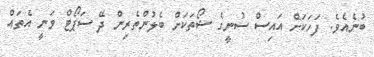
ބުނެއެވެ. ފަހަކަށް އައިސް ސުނީގެ ޝޯތަކަށް ބެލުންތެރިން ދޭ ސަޕޯޓް ވަނީ އެތައް